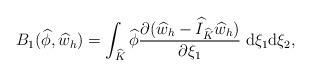
LaTeX: \begin{align*}B_1(\widehat{\phi},\widehat{w}_h)=\int_{\widehat{K}}\widehat{\phi}\frac{\partial (\widehat{w}_h-\widehat{I}_{\widehat{K}}\widehat{w}_h)}{\partial \xi_1}\;\mathrm{d}\xi_1\mathrm{d}\xi_2,\end{align*}